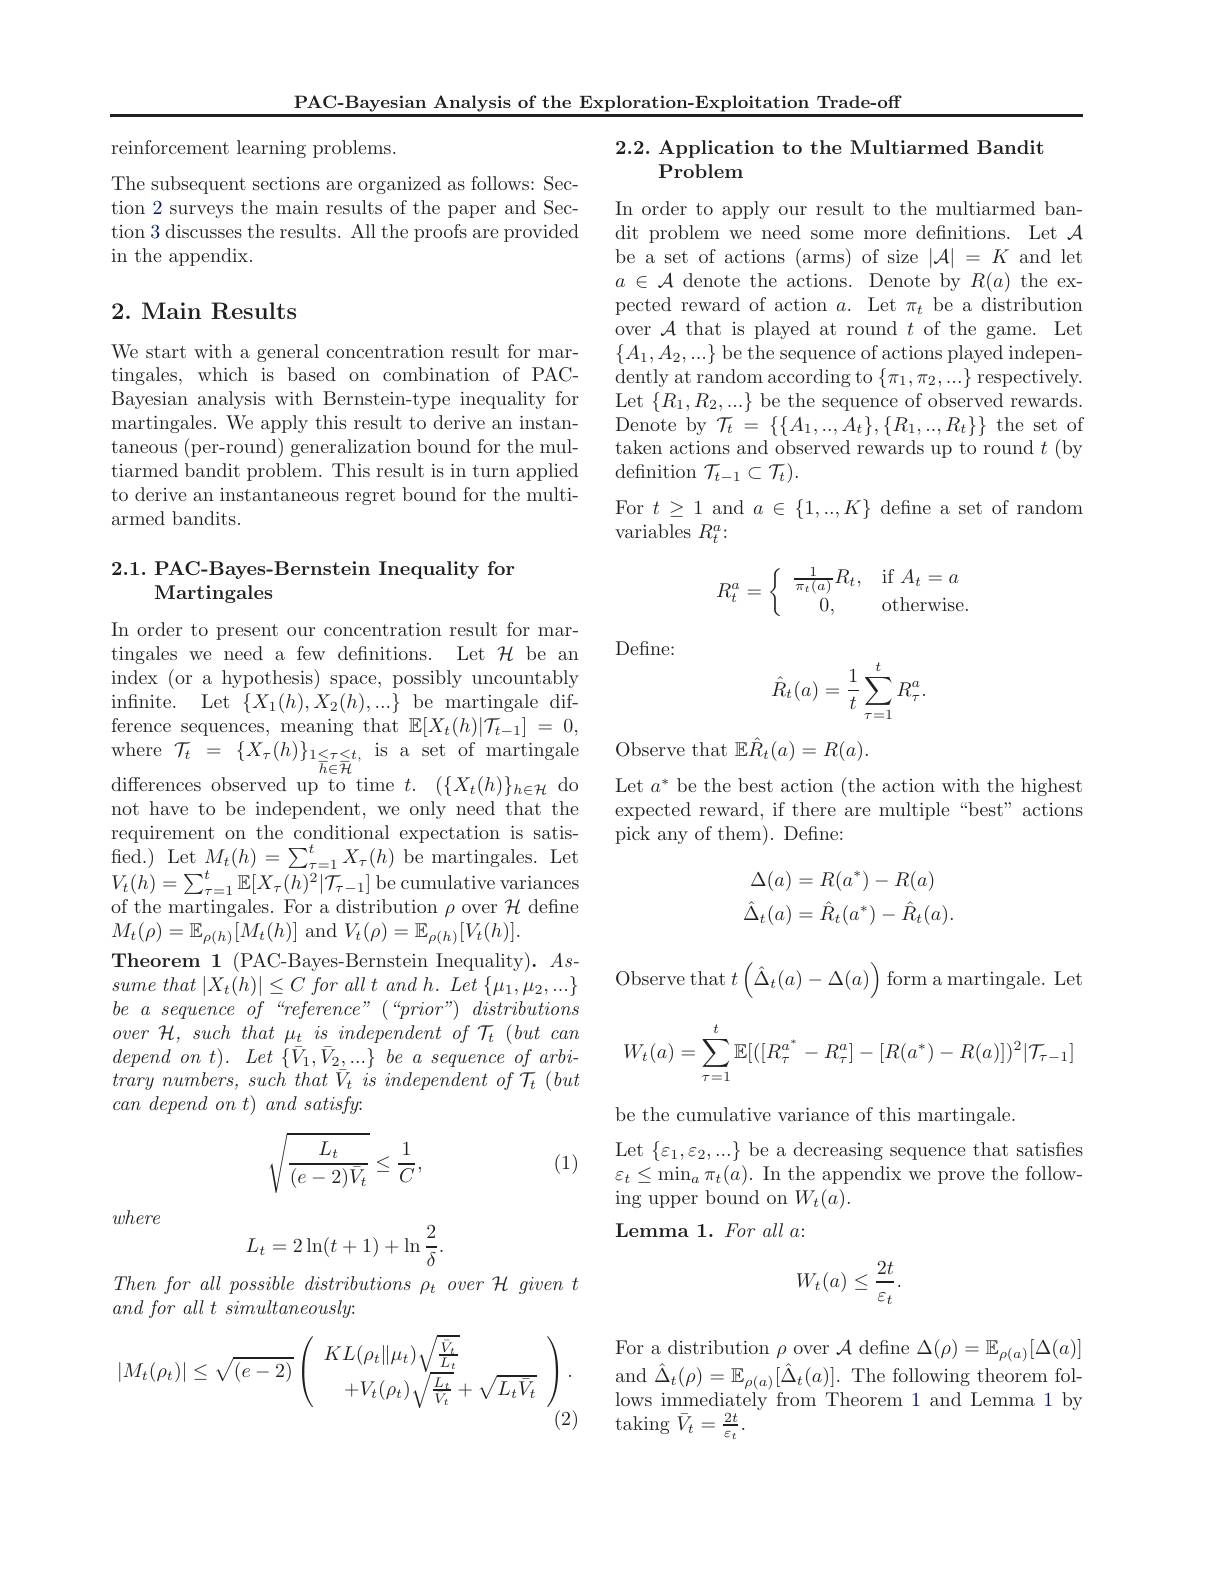
PAC-Bayesian Analysis of the Exploration-Exploitation Trade-off

reinforcement learning problems.

The subsequent sections are organized as follows: Section 2 surveys the main results of the paper and Section 3 discusses the results. All the proofs are provided in the appendix.

## 2. Main Results

We start with a general concentration result for martingales, which is based on combination of PACBayesian analysis with Bernstein-type inequality for martingales. We apply this result to derive an instantaneous (per-round) generalization bound for the multiarmed bandit problem. This result is in turn applied to derive an instantaneous regret bound for the multiarmed bandits.

### 2.1. PAC-Bayes-Bernstein Inequality for Martingales

In order to present our concentration result for martingales we need a few defnitions. Let $\mathcal{H}$ be an index (or a hypothesis) space, possibly uncountably $\begin{array}{ll}{\mathrm{infinite.~Let~}\{X_{1}(h),X_{2}(h),...\}}&{\mathrm{be~martingale~dif-}}\\{\mathrm{ference~sequences,~meaning~that~}\mathbb{E}[X_{t}(h)|\mathcal{T}_{t-1}]}=0,\end{array}$ $\begin{array}{rcl}\mathrm{where~}\mathcal{T}_{t}&=&\{X_{\tau}(h)\}_{1\leq\tau\leq t,}&\mathrm{is~a~set~of~martingale}\\\mathrm{differences~observed~up~to~time~t.}&(\{X_{t}(h)\}_{h\in\mathcal{H}}&\mathrm{do}\end{array}$ differences observed up to time $t.$ $( \{ X_{t}( h) \} _{h\in \mathcal{H} }$ do not have to be independent, we only need that the requirement on the conditional expectation is satis- ${\mathrm{fied.}}){\mathrm{~Let~}M_{t}(h)=\sum_{\tau=1}^{t}X_{\tau}(h){\mathrm{~be~martingales.~Let}}}$ $V_{t}(h)=\sum_{\tau=1}^{t}\mathbb{E}[X_{\tau}(h)^{2}|\tilde{\mathcal{T}}_{\tau-1}]$be cumulative variances of the martingales. For a distribution $\rho$ over $\mathcal{H}$ define $M_t(\rho)=\mathbb{E}_{\rho(h)}[M_t(h)]$ and $V_t(\rho)=\mathbb{E}_{\rho(h)}[V_t(h)].$
Theorem 1 (PAC-Bayes-Bernstein Inequality). $As$- sume that $| X_{t}( h) | \leq C$ for all $t$ and $h.$ Let $\{ \mu _{1}, \mu _{2}, \ldots \}$ $be$ $a$ sequence $of$ $“ reference” ($ $“ prior” )$ distributions over $\mathcal{H} $, such that $\mu _{t}$ $is$ independent $of$ $\mathcal{T} _{t}$ $( but$ can $dependont) .$ Let $\{ \bar{V} _{1}, \bar{V} _{2}, . . . \}$ $be$ $a$ sequence $of$ $arbi-$ trary $numbers$, such that $\bar{V} _{t}$ $is$ independent $of$ $\mathcal{T} _{t}$ $( but$ $can\textit{ depend on t) and satisfy. }$
$$\sqrt{\frac{L_t}{(e-2)\bar{V}_t}}\leq\frac{1}{C},$$
(1)

where
$$L_t=2\ln(t+1)+\ln\frac{2}{\delta}.$$
$Then\textit{ for all possible distributions }\rho _t\textit{ over H given t}$
$and\textit{ for all t simultaneously: }$
$$|M_t(\rho_t)|\leq\sqrt{(e-2)}\left(\begin{array}{c}KL(\rho_t\|\mu_t)\sqrt{\frac{\bar{V}_t}{L_t}}\\+V_t(\rho_t)\sqrt{\frac{L_t}{V_t}}+\sqrt{L_t\bar{V}_t}\end{array}\right).$$
(2)

2.2. Application to the Multiarmed Bandit
# $\tilde{\mathrm{Problem}}$

In order to apply our result to the multiarmed bandit problem we need some more defnitions. Let $\mathcal{A}$ be a set of actions (arms) of size $|\mathcal{A}|=K$ and let $a\in\mathcal{A}$ denote the actions. Denote by $R(a)$ the expected reward of action $a.$ Let $\pi_t$ be a distribution over $\mathcal{A}$ that is played at round $t$ of the game. Let $\{A_1,A_2,...\}$ be the sequence of actions played indepen- $\operatorname*{dently~at~random~according~to~}\{\pi_1,\pi_2,...\}$ respectively. Let $\{R_{1},R_{2},...\}$ be the sequence of observed rewards. $\mathop{\text{Denote by}}\mathcal{T}_{t}=\{\{A_{1},...,A_{t}\},\{R_{1},...,R_{t}\}\}\mathop{\text{the set of}}$ taken actions and observed rewards up to round $t$ (by definition $\mathcal{T}_t-1\subset\mathcal{T}_t).$
For $t\geq1$ and $a\in\{1,...,K\}$ define a set of random
variables $R_t^a:$
$$R_t^a=\left\{\begin{array}{cl}\frac{1}{\pi_t(a)}R_t,&\text{if}A_t=a\\0,&\text{otherwise.}\end{array}\right.$$
Defne:
$$\hat{R}_t(a)=\frac{1}{t}\sum_{\tau=1}^tR_\tau^a.$$
Observe that $\mathbb{E}\hat{R}_t(a)=R(a).$

Let $a^*$ be the best action (the action with the highest expected reward, if there are multiple“best”actions pick any of them). Define:
$$\begin{aligned}\Delta(a)&=R(a^*)-R(a)\\\hat\Delta_t(a)&=\hat R_t(a^*)-\hat R_t(a).\end{aligned}$$
Observe that $t\left(\hat{\Delta}_{t}(a)-\Delta(a)\right)$form a martingale. Le
$$W_t(a)=\sum_{\tau=1}^t\mathbb{E}[([R_\tau^{a^*}-R_\tau^a]-[R(a^*)-R(a)])^2|\mathcal{T}_{\tau-1}]$$
be the cumulative variance of this martingale.
Let $\{\varepsilon_1,\varepsilon_2,...\}$ be a decreasing sequence that satisfies $\varepsilon_{t}\leq\operatorname*{min}_{a}\pi_{t}(a).$ In the appendix we prove the following upper bound on $W_t(a).$
${\mathrm{Lemma~1.~For~all~a:}}$
$$W_t(a)\leq\frac{2t}{\varepsilon_t}.$$
For a distribution $\rho$ over $\mathcal{A}$ define $\Delta(\rho)=\mathbb{E}_{\rho(a)}[\Delta(a)]$ $\begin{array}{l}{\mathrm{and~}\hat{\Delta}_{t}(\rho)=\mathbb{E}_{\rho(a)}[\hat{\Delta}_{t}(a)].}&{\mathrm{The~following~theorem~fol-}}\\{\mathrm{and~}\hat{\Delta}_{t}(\rho)=\mathbb{E}_{\rho(a)}[\hat{\Delta}_{t}(a)].}&{\mathrm{The~following~theorem~fol-}}\\{\mathrm{The~following~theorem~fol-}}\\{\mathrm{The~}}\\{\mathrm{The~}}\\{\mathrm{The~}}\\{\mathrm{The~}}\\{\mathrm{The~}}\\{\mathrm{The~}}\\{\mathrm{The~}}\\{}\end{array}$ lows immediately from Theorem 1 and Lemma 1 by $\operatorname{taking}\bar{V}_{t}=\frac{2t}{\varepsilon_{t}}.$